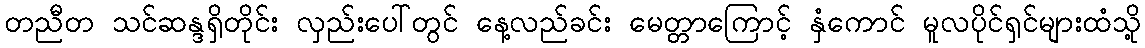
တညီတ သင်ဆန္ဒရှိတိုင်း လှည်းပေါ်တွင် နေ့လည်ခင်း မေတ္တာကြောင့် နှံကောင် မူလပိုင်ရှင်များထံသို့